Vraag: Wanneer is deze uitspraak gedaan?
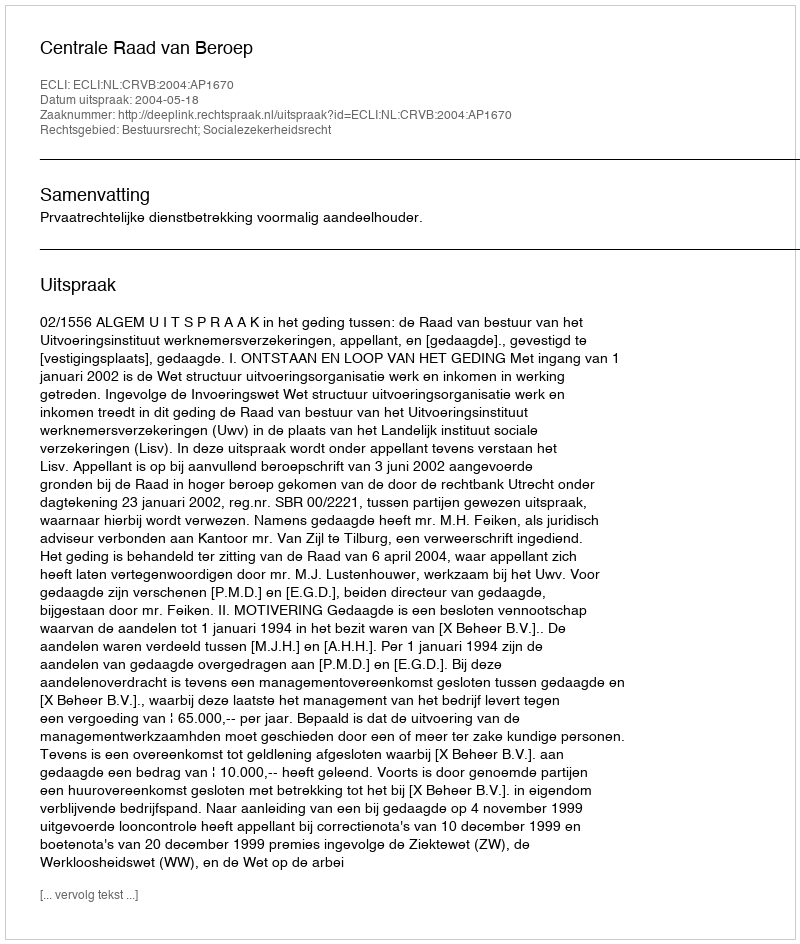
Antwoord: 2004-05-18